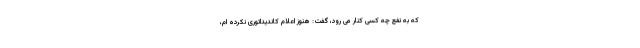
که به نفع چه کسی کنار می رود، گفت: هنوز اعلام کاندیداتوری نکرده ام،